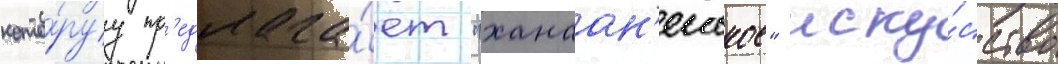
кото́руу пр'едлага́ет "ханаан'еиское" иску́сство